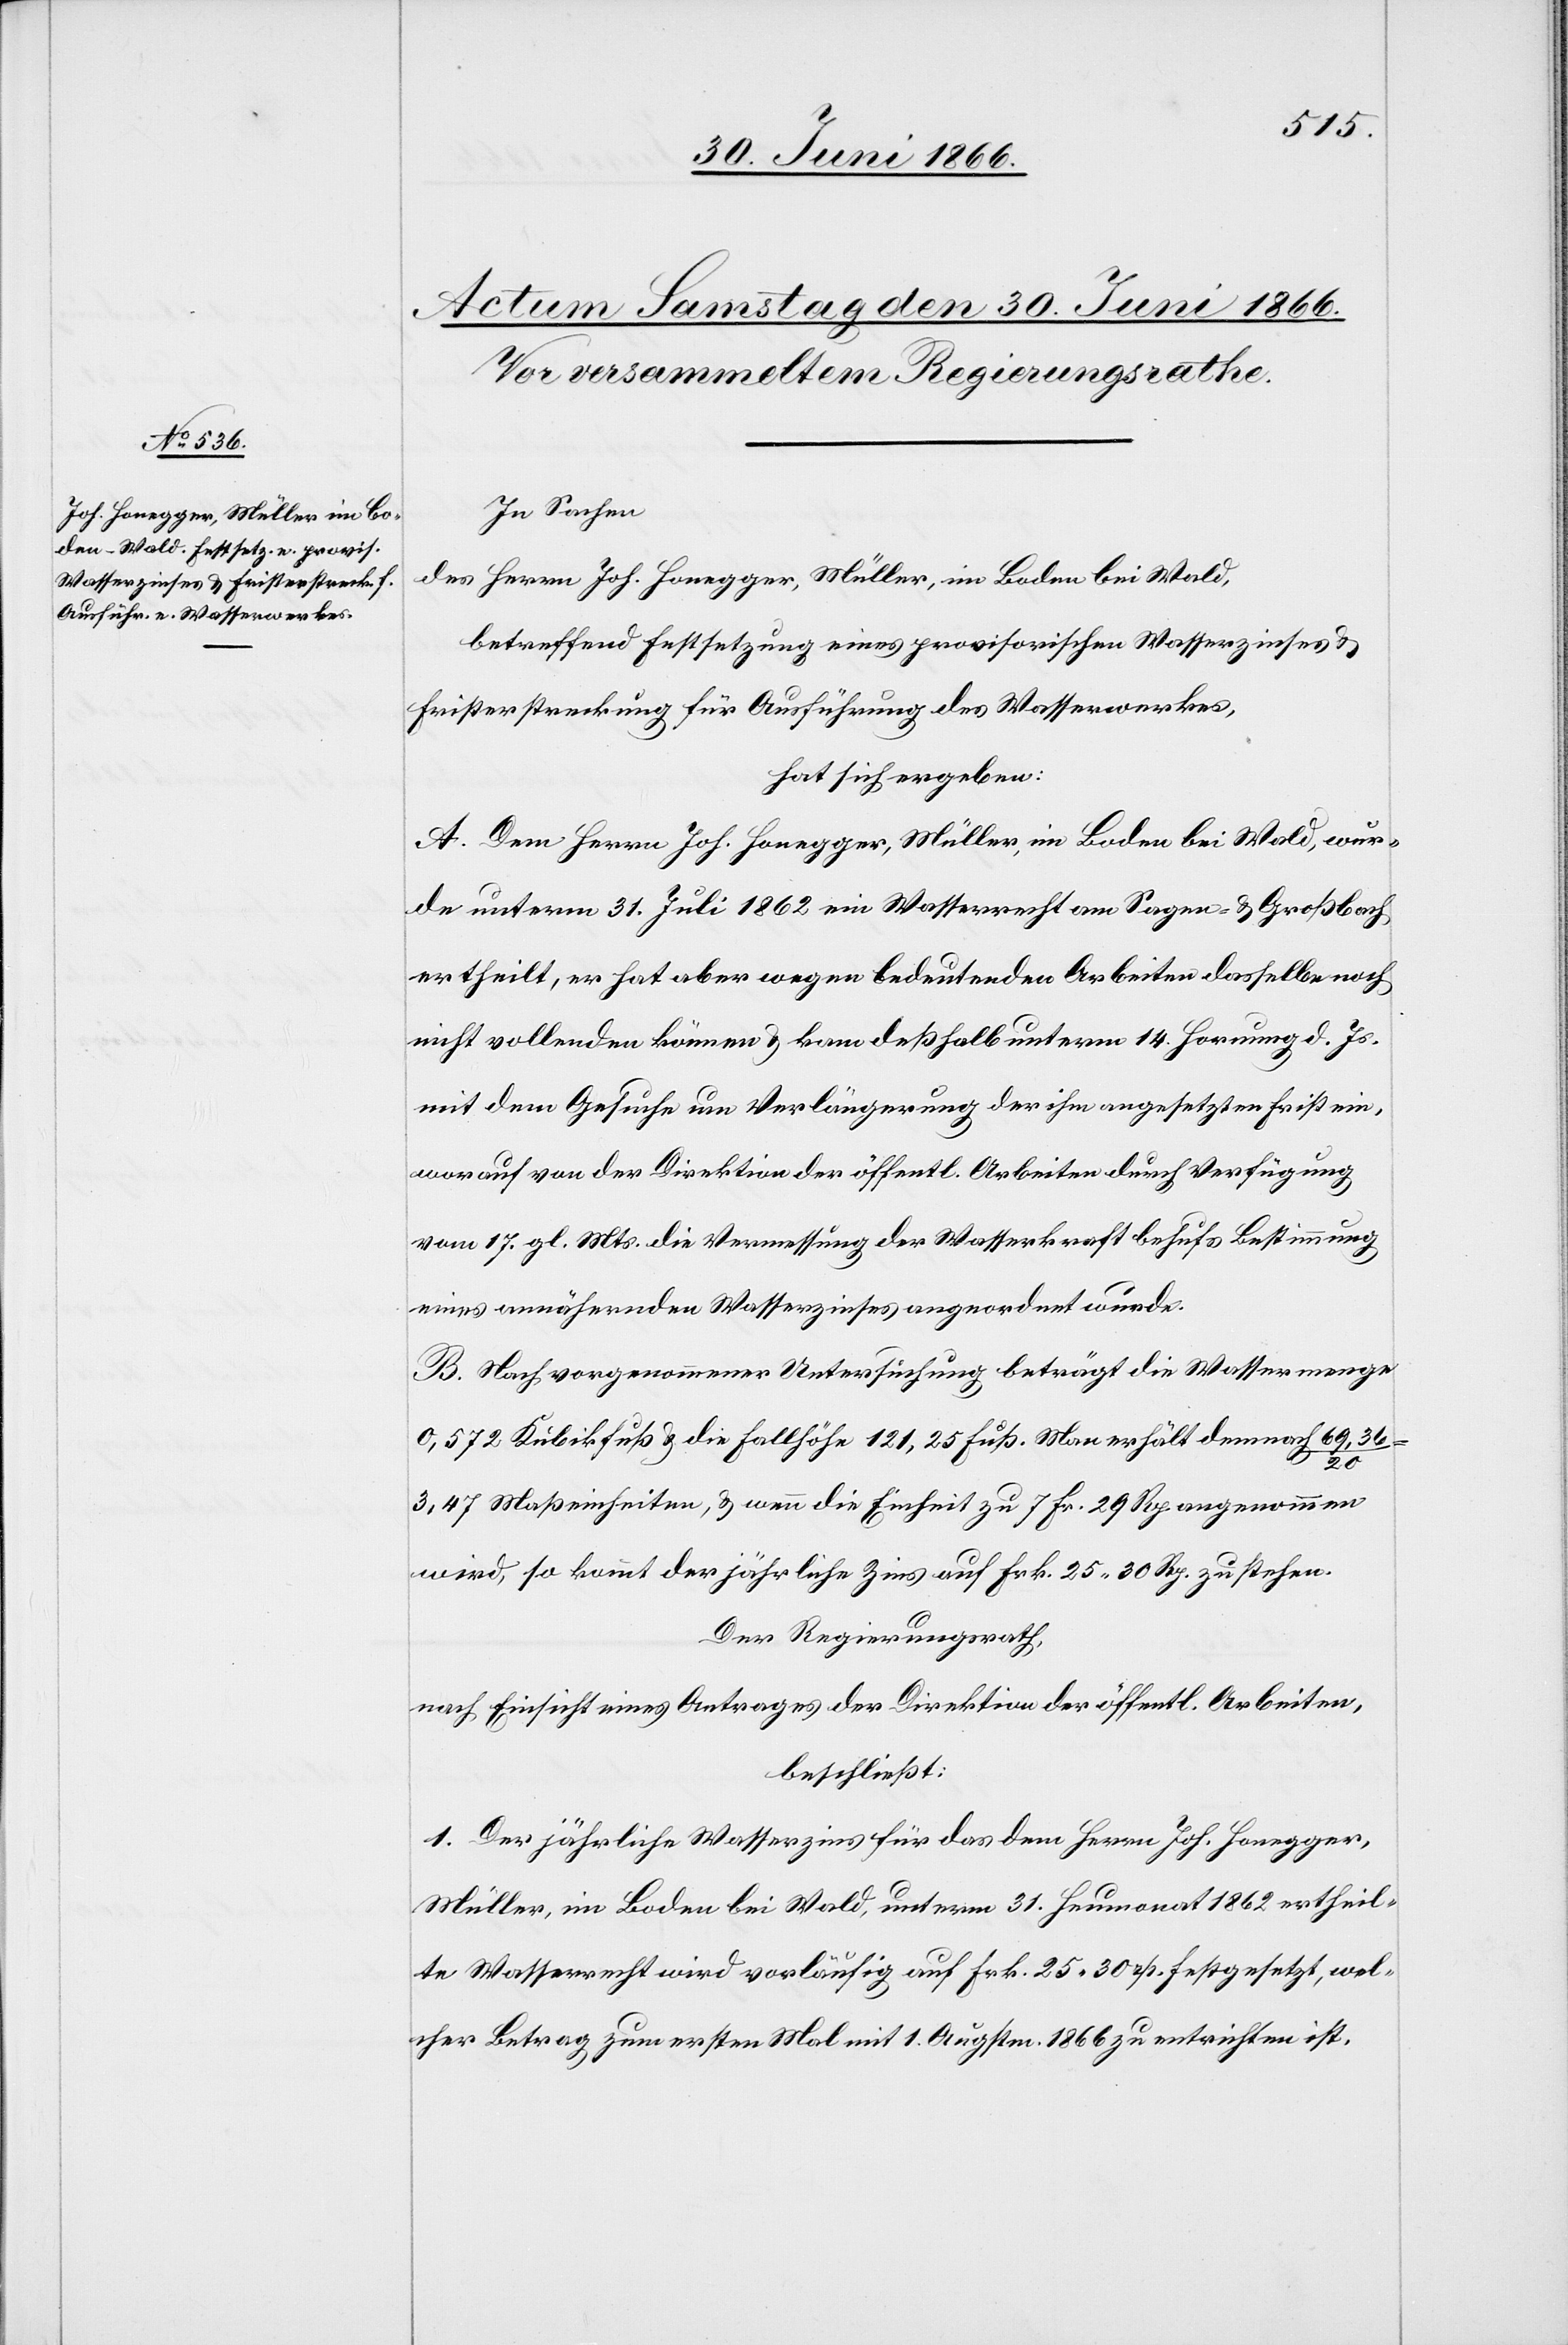
In Sachen
des Herrn Joh. Honegger, Müller, im Boden bei Wald,
betreffend Festsetzung eines provisorischen Wasserzinses u.
Fristerstreckung für Ausführung des Wasserwerkes,
hat sich ergeben:
A. Dem Herrn Joh. Honegger, Müller, im Boden bei Wald, wur¬
de unterm 31. Juli 1862 ein Wasserrecht am Sagee- u. Großbach
ertheilt, er hat aber wegen bedeutenden Arbeiten dasselbe noch
nicht vollenden können u. kam deßhalb unterm 14. Hornung d. Js.
mit dem Gesuche um Verlängerung der ihm angesetzten Frist ein,
worauf von der Direktion der öffentl. Arbeiten durch Verfügung
vom 17. gl. Mts. die Vermessung der Wasserkraft behufs Bestimmung
eines annähernden Wasserzinses angeordnet wurde.
B. Nach vorgenommener Untersuchung beträgt die Wassermenge
0,572 Kubikfuß u. die Fallhöhe 121,25 Fuß. Man erhält demnach 69,36 /
20
3,47 Maßeinheiten, u. wenn die Einheit zu 7 Fr. 29 Rp. angenommen
wird, so kommt der jährliche Zins auf Frk. 25.30 Rp. zu stehen.
Der Regierungsrath,
nach Einsicht eines Antrages der Direktion der öffentl. Arbeiten,
beschließt:
1. Der jährliche Wasserzins für das dem Herrn Joh. Honegger,
Müller, im Boden bei Wald, unterm 31. Heumonat 1862 ertheil¬
te Wasserrecht wird vorläufig auf Frk. 25 30 rp. festgesetzt, wel¬
cher Betrag zum ersten Mal mit 1. Augstm. 1866 zu entrichten ist.